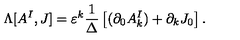
\Lambda [ A ^ { I } , J ] = \varepsilon ^ { k } \frac { 1 } { \Delta } \left[ ( \partial _ { 0 } A _ { k } ^ { I } ) + \partial _ { k } J _ { 0 } \right] .